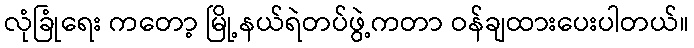
လုံခြုံရေး ကတော့ မြို့နယ်ရဲတပ်ဖွဲ့ကတာ ဝန်ချထားပေးပါတယ်။